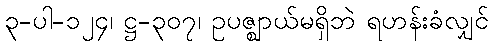
၃-ပါ-၁၂၄၊ ဋ္ဌ-၃၀၇၊ ဥပဇ္ဈာယ်မရှိဘဲ ရဟန်းခံလျှင်